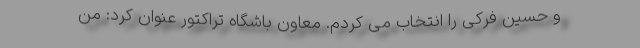
و حسین فرکی را انتخاب می کردم. معاون باشگاه تراکتور عنوان کرد: من